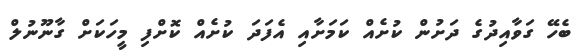
ބެހޭ ގަވާއިދުގެ ދަށުން ކުށެއް ކަމަށާއި އެފަދަ ކުށެއް ކޮށްފި މީހަކަށް ގާނޫނުލް